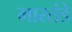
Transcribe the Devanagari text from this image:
मारतंडे